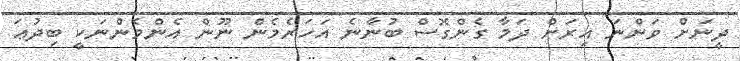
ދީނަށް ވަންނަ އިރަށް ދަމާ ގެންގޮސް ބުނާނެ އަހަރެމެން ނޫން އެންމެންނަކީ ބިދުޢަ